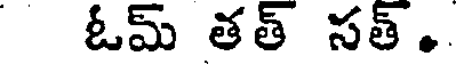
ఓమ్ తత్ సత్..